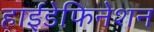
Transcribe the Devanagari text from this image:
हाईडेफिनेशन